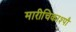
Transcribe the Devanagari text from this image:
मारीचिकाश्पौ